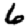
Digit: 6